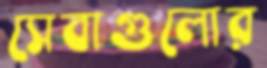
সেবাগুলোর